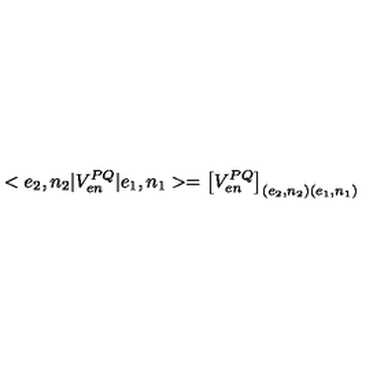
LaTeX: < e _ { 2 } , n _ { 2 } | V _ { e n } ^ { P Q } | e _ { 1 } , n _ { 1 } > = \left[ V _ { e n } ^ { P Q } \right] _ { ( e _ { 2 } , n _ { 2 } ) ( e _ { 1 } , n _ { 1 } ) }